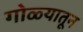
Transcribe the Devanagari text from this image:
गोळ्यातून